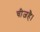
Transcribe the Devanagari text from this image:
चीजहै।